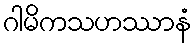
ဂါမိကသဟဿာနံ